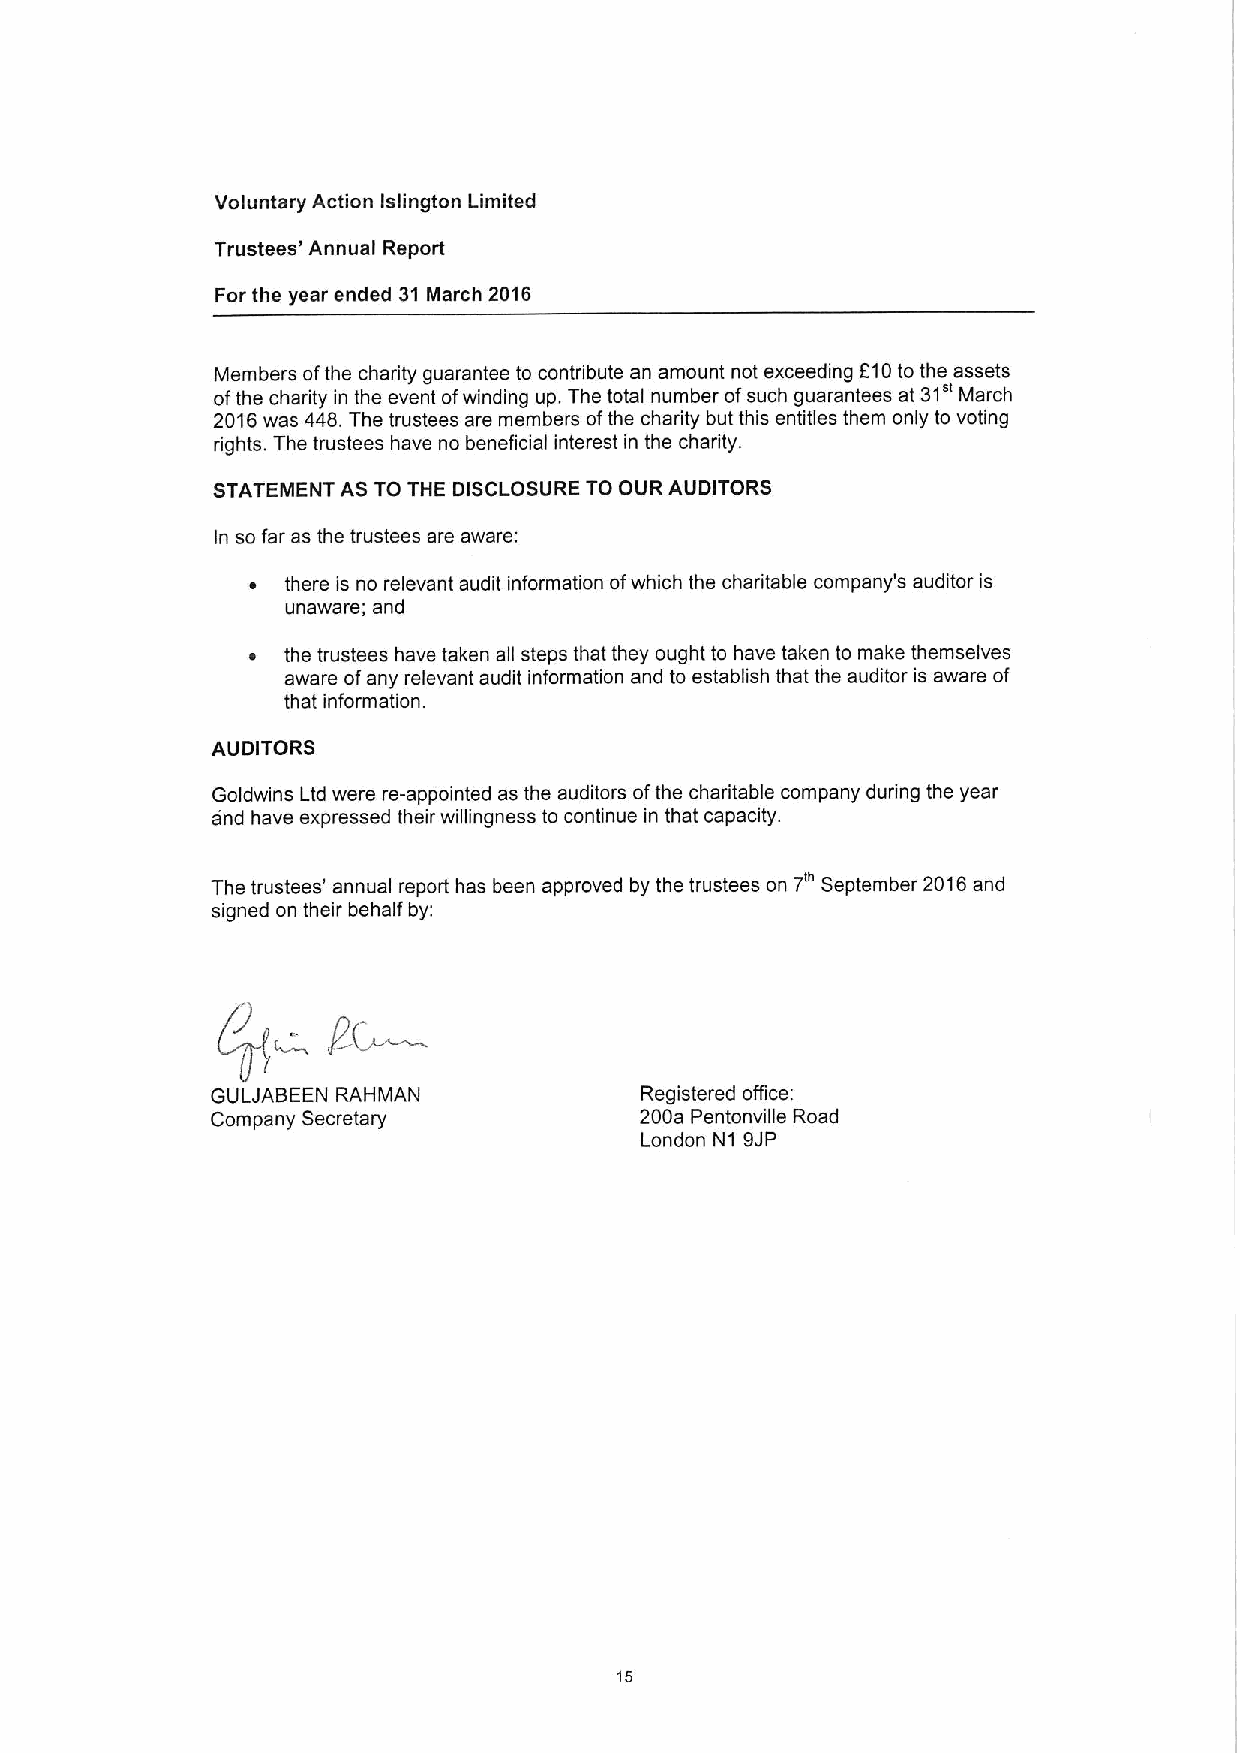
Voluntary Action Islington Limited
 Trustees' Annual Report
 For the year ended 31 March 2016
 Members ofthe charity guarantee to contribute an amount not exceeding f10to the assets
 31"
 ofthe charity in the event ofwinding up. The total number ofsuch guarantees at March
 2016was 448.The trustees are members ofthe charity but this entitles them only to voting
 rights. The trustees have no beneficial interest in the charity.
 STATEMENT AS TO THE DISCLOSURE TO OUR AUDITORS
 In so far as the trustees are aware:
 ~  there is no relevant audit information ofwhich the charitable company's auditor is
 unaware; and
 ~  the trustees have taken all steps that they ought to have taken to make themselves
 aware ofany relevant audit information and to establish that the auditor is aware of
 that information.
 AUDITORS
 Goldwins Ltd were re-appointed as the auditors ofthe charitable company during the year
 and have expressed their willingness to continue in that capacity.
 The trustees' annual report has been approved by the trustees on 7' September 2016and
 signed on their behalf by:
 GULJABEEN RAHMAN            Registered office:
 Company Secretary           200a Pentonville Road
 London N1 9JP